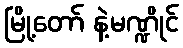
မြို့တော် နဲ့မဏ္ဍိုင်